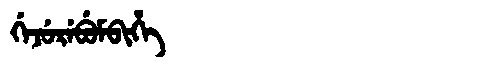
Manchu: ᡤᡝᠵᡠᡵᡝᠪᡠᠮᠪᡳᡥᡝ
Romanization: GEJUREBUMBIHE